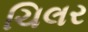
ચિલર